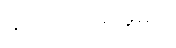
မတော်တဆမှုများ